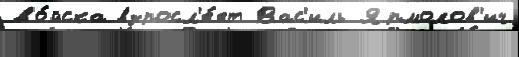
во́йска взросл'е́ет Вас'иль Ярмолов'ич